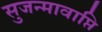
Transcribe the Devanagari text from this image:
सुजन्मावाप्ति